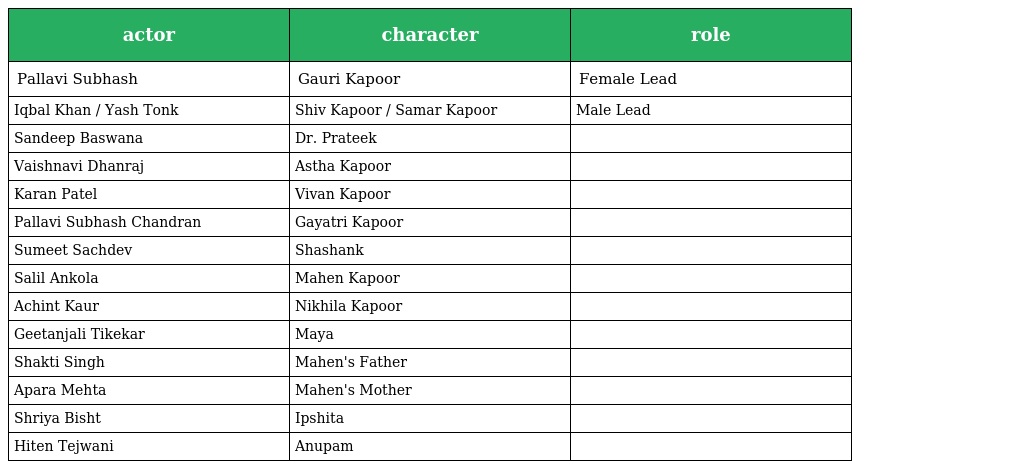
| actor | character | role |
 | --- | --- | --- |
 | Pallavi Subhash | Gauri Kapoor | Female Lead |
 | Iqbal Khan / Yash Tonk | Shiv Kapoor / Samar Kapoor | Male Lead |
 | Sandeep Baswana | Dr. Prateek |  |
 | Vaishnavi Dhanraj | Astha Kapoor |  |
 | Karan Patel | Vivan Kapoor |  |
 | Pallavi Subhash Chandran | Gayatri Kapoor |  |
 | Sumeet Sachdev | Shashank |  |
 | Salil Ankola | Mahen Kapoor |  |
 | Achint Kaur | Nikhila Kapoor |  |
 | Geetanjali Tikekar | Maya |  |
 | Shakti Singh | Mahen's Father |  |
 | Apara Mehta | Mahen's Mother |  |
 | Shriya Bisht | Ipshita |  |
 | Hiten Tejwani | Anupam |  |